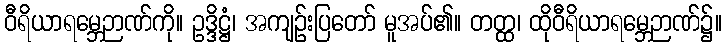
ဝီရိယာရမ္ဘေဉာဏ်ကို။ ဥဒ္ဒိဋ္ဌံ၊ အကျဉ်းပြတော် မူအပ်၏။ တတ္ထ၊ ထိုဝီရိယာရမ္ဘေဉာဏ်၌။